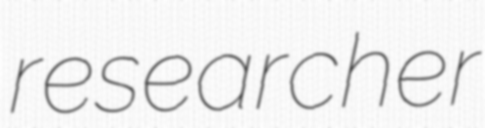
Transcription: researcher